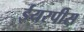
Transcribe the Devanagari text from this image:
ईयरपीस